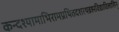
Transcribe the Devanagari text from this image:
कन्दश्यामाभिरामप्रथितदशरथब्रह्मविद्याविलासिन्